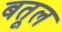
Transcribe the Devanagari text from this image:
बतूल